Trukikaitis_Postimees, lk 224
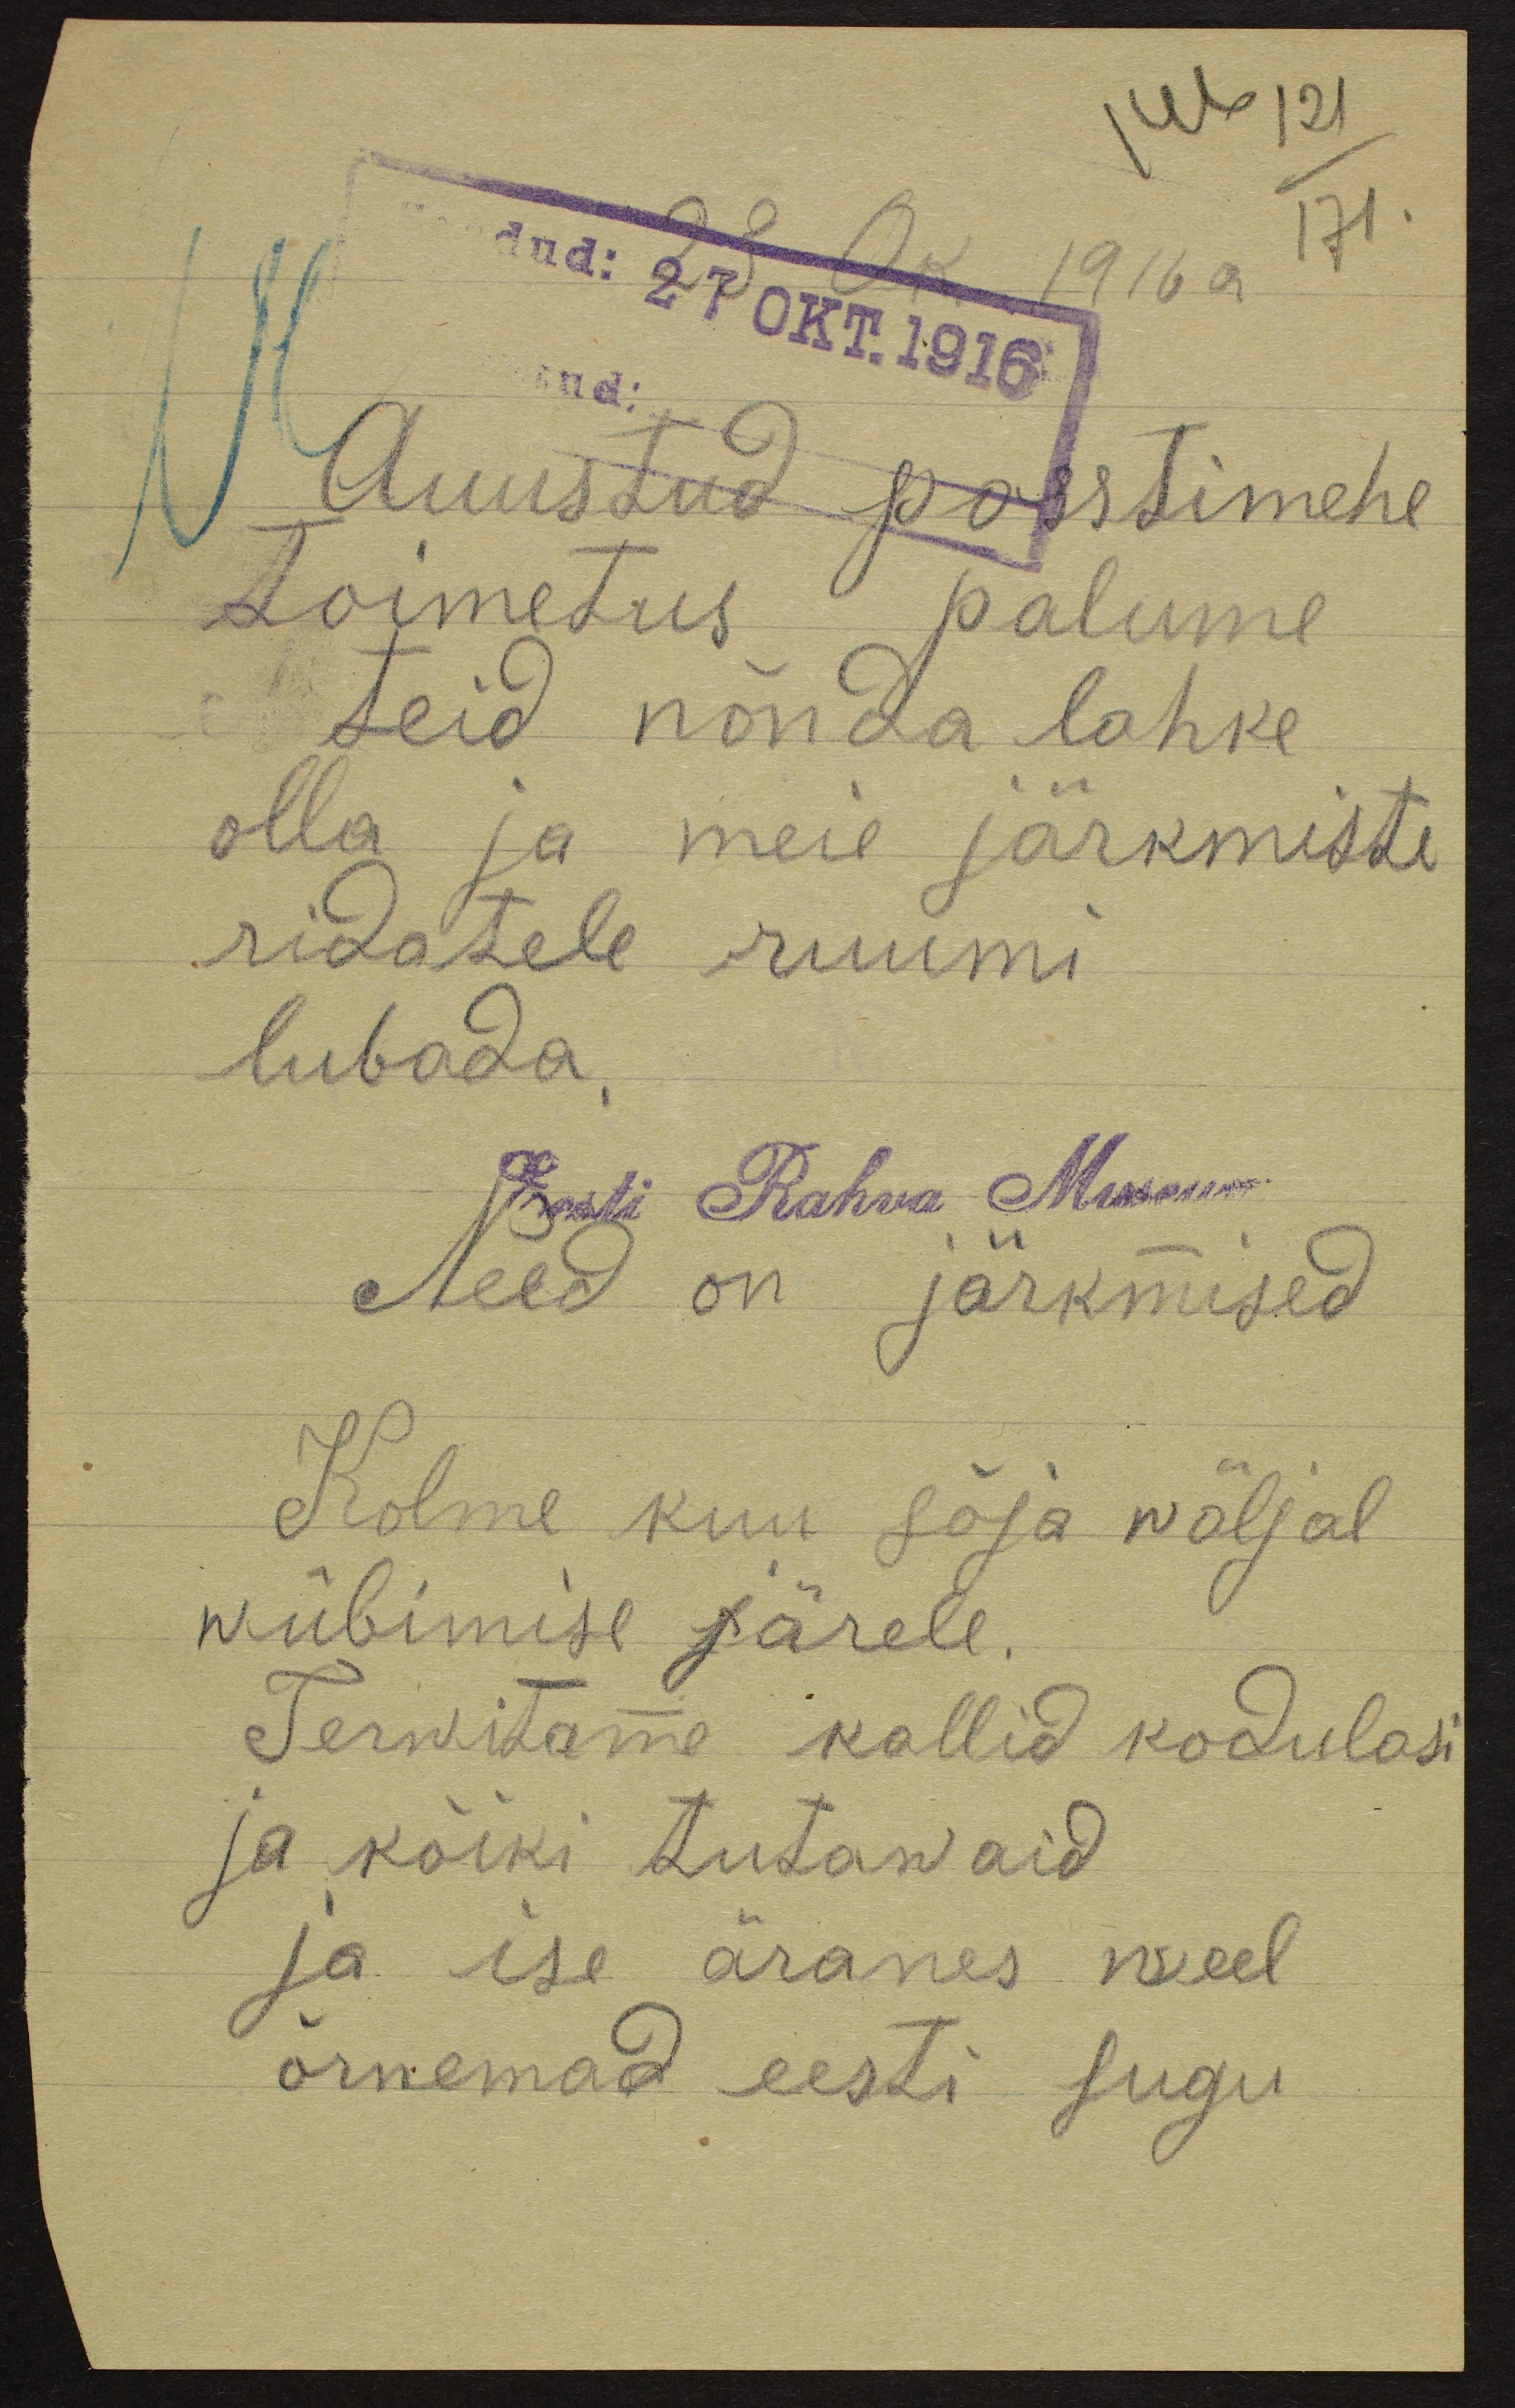
146 121
171.
23 Ok. 1916 a
Auustud posstimehe
toimetus palume
teid nõnda lahke
olla ja meie järkmiste
ridatele ruumi
lubada.
Eest Rahva Museum
Need on järkmised
Kolme kuu sõja wäljal
wiibimise järele.
Terwitame kallid kodulasi
ja kõiki tutawaid.
ja ise äranes weel
õrnemad eesti sugu